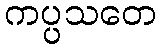
ကပ္ပသတေ